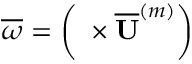
\overline { { \omega } } = \left( \mathbf { \nabla } \times \mathbf { \overline { { U } } } ^ { ( m ) } \right)